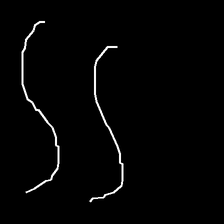
Glyph: float